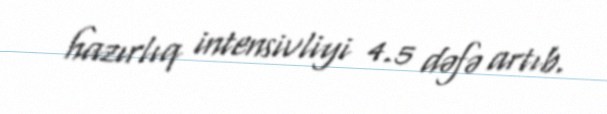
hazırlıq intensivliyi 4.5 dəfə artıb.